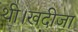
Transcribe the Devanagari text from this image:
थी।खदीजा